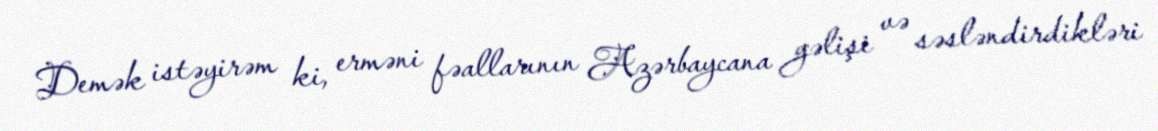
Demək istəyirəm ki, erməni fəallarının Azərbaycana gəlişi və səsləndirdikləri